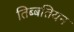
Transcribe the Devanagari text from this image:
तिब्‍बतियन